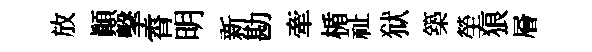
放顛擊霄明新勘牽楯祉狱築塋狼層